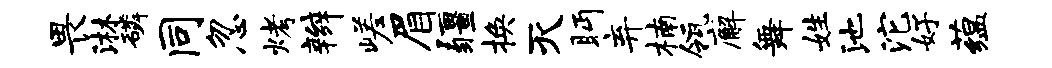
畏淋磷同忽烤辫嵯眉疆换灭眄弃楠瓴廨舞姓池沱好蕴